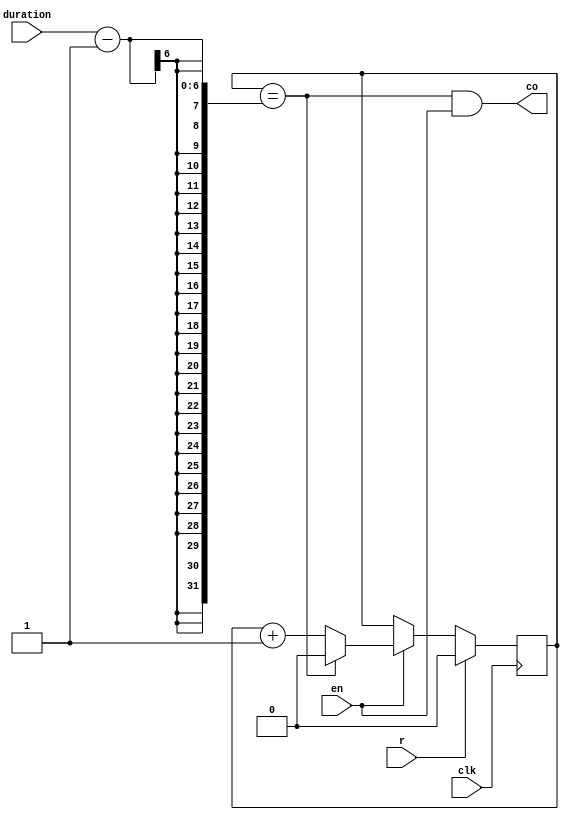
module beattimer (
    clk,
    r, 
    en, 
    co, 
    duration
);
    parameter counter_bits = 1;
    input r;
    input clk;
    input en;
    input [5:0] duration; 
    output co;
    reg [counter_bits-1:0] q;
    
    assign co=(q==(duration-1))&&en;
    always @(posedge clk) begin
        if(r) q=0;
        else begin
            if(en) begin
                if(q==duration-1) q=0;
                else q = q + 1;
            end
        end
    end
endmodule